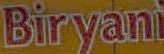
Biryani